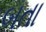
બતા